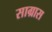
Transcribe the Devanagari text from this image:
साग्रास